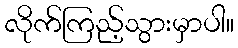
လိုက်ကြည့်သွားမှာပါ။